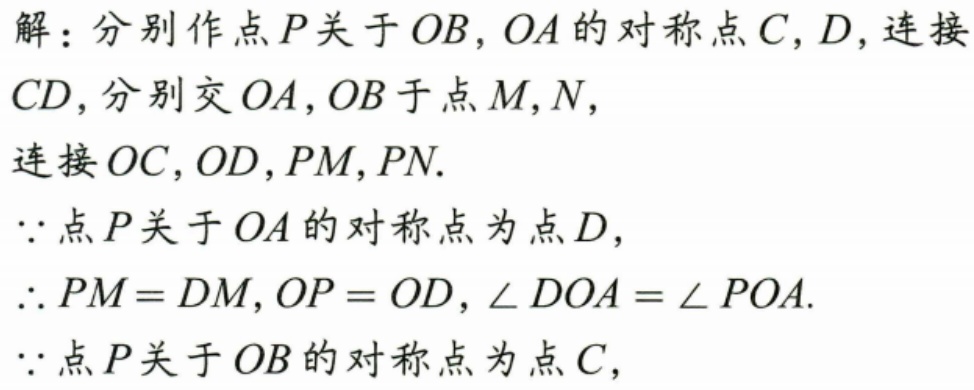
解：分别作点\(P\)关于\(OB\)，\(OA\)的对称点\(C,D\)，连接
\(CD\)，分别交\(OA,OB\)于点\(M,N\)，
连接\(OC,OD,PM,PN\).
\(\because\)点\(P\)关于\(OA\)的对称点为点\(D\)，
\(\therefore PM = DM,OP = OD,\angle DOA=\angle POA\).
\(\because\)点\(P\)关于\(OB\)的对称点为点\(C\)，